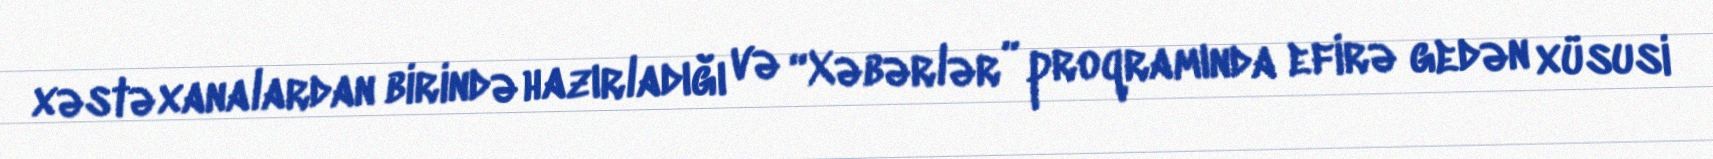
xəstəxanalardan birində hazırladığı və “Xəbərlər” proqramında efirə gedən xüsusi